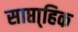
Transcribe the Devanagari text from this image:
साप्ता्हिक